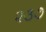
૨૩૭